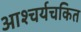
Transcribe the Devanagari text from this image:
आश्‍चर्यचकित